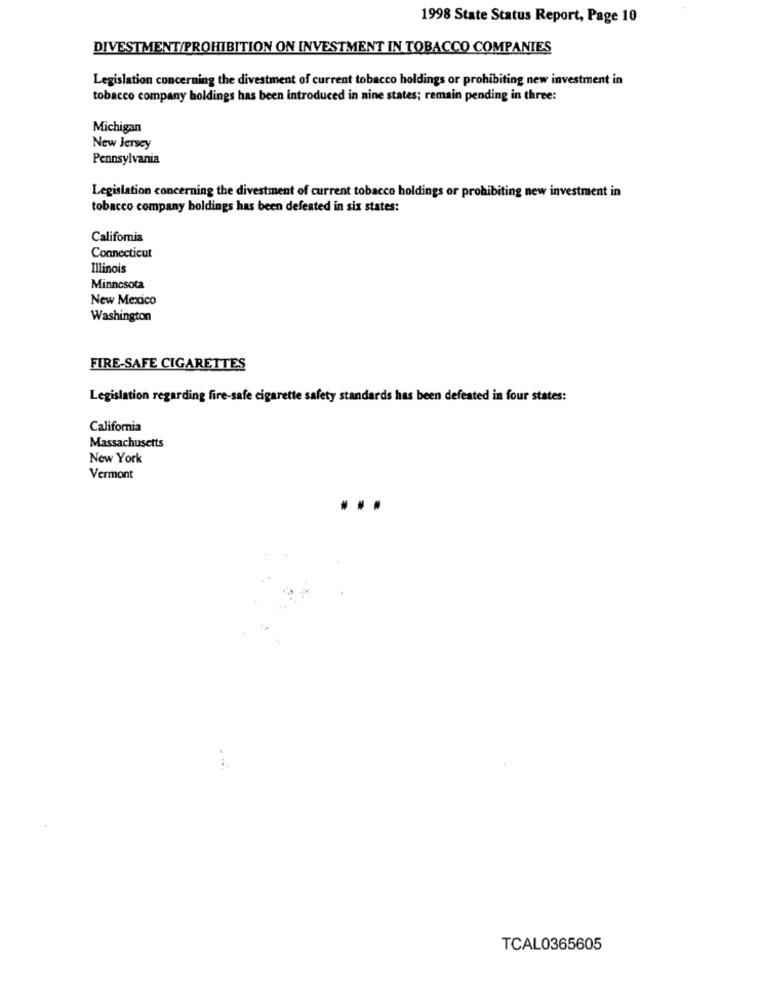
1998 State Status Report, Page 10
DIVESTMENT/PROHIBITION ON INVESTMENT IN TOBACCO COMPANIES
Legislation concerning the divestment of current tobacco holdings or prohibiting new investment in
tobacco company holdings has been introduced in nine states; remain pending in three:
Michigan
New Jersey
Pennsylvania
Legislation concerning the divestment of current tobacco holdings or prohibiting new investment in
tobacco company holdings has been defeated in six states:
Califomia
Connecticut
Illinois
Minnesota
New Mexico
Washington
FIRE-SAFE CIGARETTES
Legislation regarding fire-safe cigarette safety standards has been defeated in four states:
California
Massachusetts
New York
Vermont
TCAL0365605